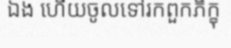
ឯង ហើយចូលទៅរកពួកភិក្ខុ